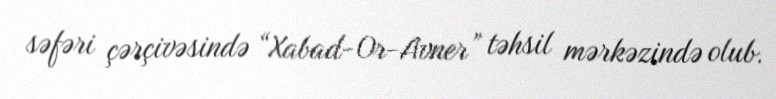
səfəri çərçivəsində “Xabad-Or-Avner” təhsil mərkəzində olub.